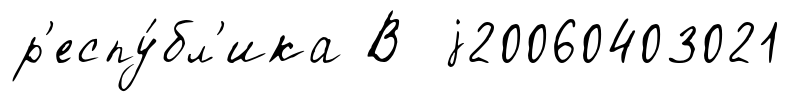
р'еспу́бл'ика В j20060403021